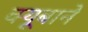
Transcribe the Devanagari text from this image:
क्यूबाने